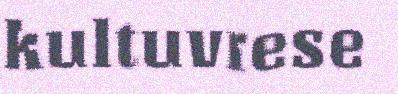
kultuvrese